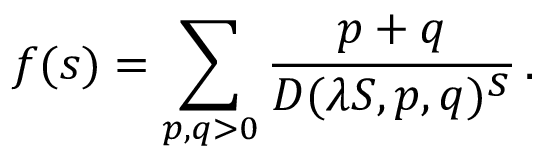
f ( s ) = \sum _ { p , q > 0 } \frac { p + q } { D ( \lambda S , p , q ) ^ { \textstyle s } } \, .